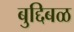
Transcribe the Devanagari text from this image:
बुद्दिबळ